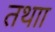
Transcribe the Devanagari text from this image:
तथाा